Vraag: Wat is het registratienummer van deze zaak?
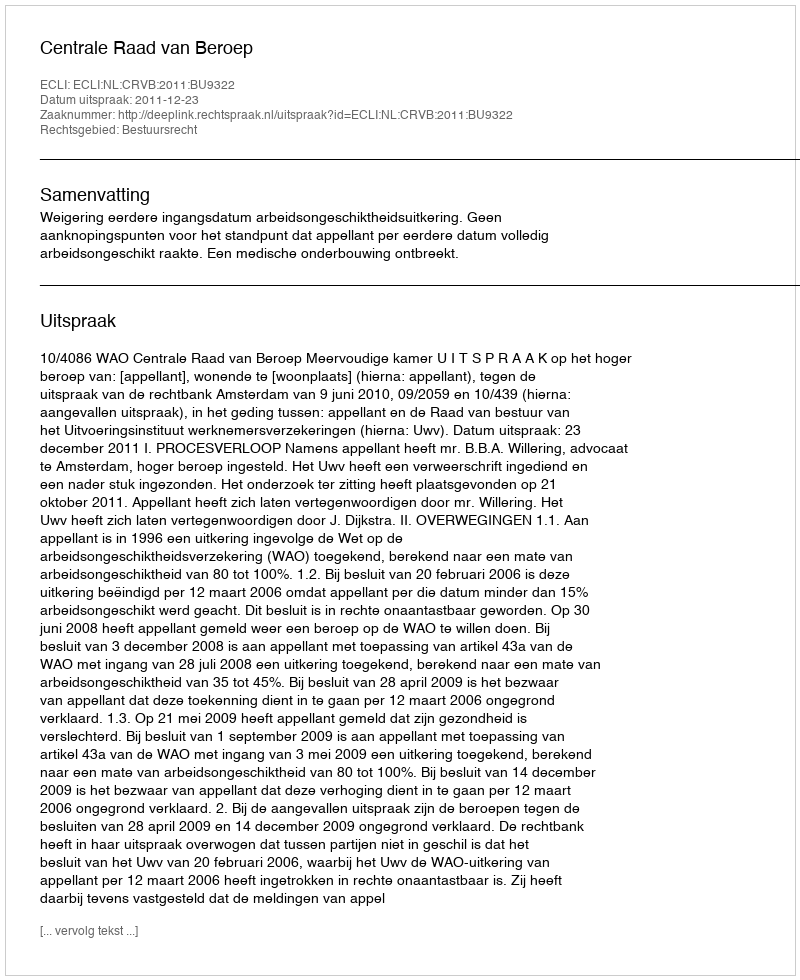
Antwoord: http://deeplink.rechtspraak.nl/uitspraak?id=ECLI:NL:CRVB:2011:BU9322